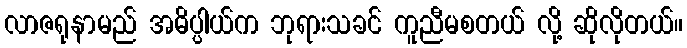
လာဇရုနာမည် အဓိပ္ပါယ်က ဘုရားသခင် ကူညီမစတယ် လို့ ဆိုလိုတယ်။